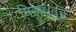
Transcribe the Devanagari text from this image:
मिला।वह